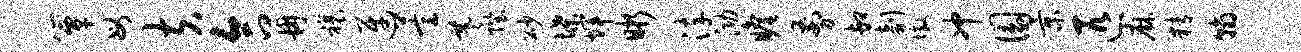
簟母夫合冉禳迓萱羲陛砂堞辉晰淬泐瞻剪卸剞墩冲圜景匹麻精翰